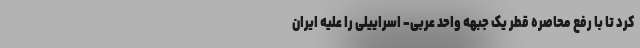
کرد تا با رفع محاصره قطر یک جبهه واحد عربی- اسراییلی را علیه ایران